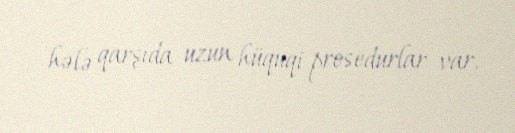
hələ qarşıda uzun hüquqi prosedurlar var.